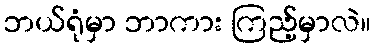
ဘယ်ရုံမှာ ဘာကား ကြည့်မှာလဲ။